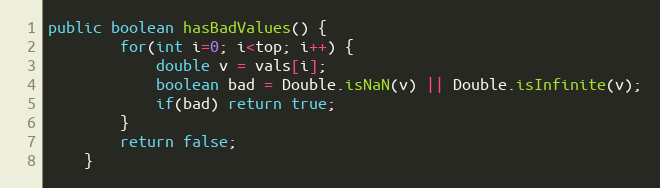
Language: Java
public boolean hasBadValues() {
        for(int i=0; i<top; i++) {
            double v = vals[i];
            boolean bad = Double.isNaN(v) || Double.isInfinite(v);
            if(bad) return true;
        }
        return false;
    }